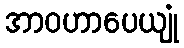
အာဝဟာပေယျုံ